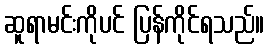
ဆူရာမင်းကိုပင် ပြန်ကိုင်ရသည်။